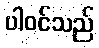
ပါဝင်သည်